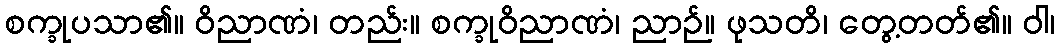
စက္ခုပသာ၏။ ဝိညာဏံ၊ တည်း။ စက္ခုဝိညာဏံ၊ ညာဉ်။ ဖုသတိ၊ တွေ့တတ်၏။ ဝါ၊